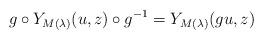
LaTeX: \begin{align*}g\circ Y_{M(\lambda)}(u,z)\circ g^{-1} =Y_{M(\lambda)}(gu,z)\end{align*}